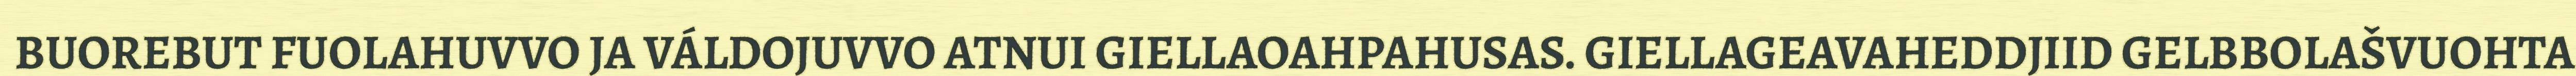
BUOREBUT FUOLAHUVVO JA VÁLDOJUVVO ATNUI GIELLAOAHPAHUSAS. GIELLAGEAVAHEDDJIID GELBBOLAŠVUOHTA